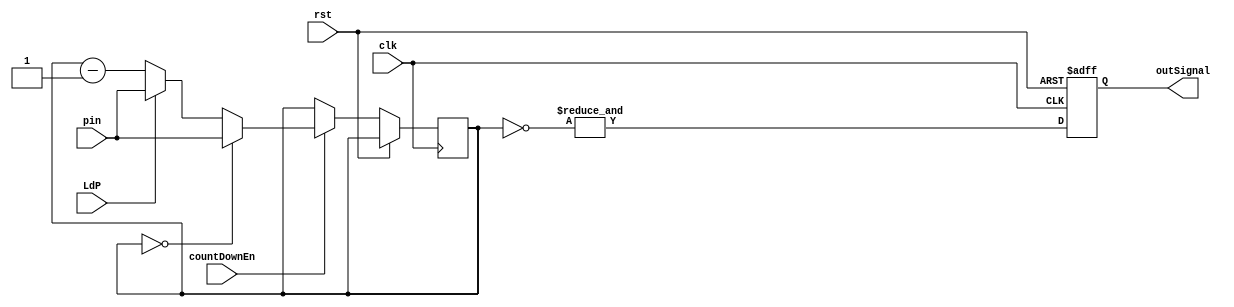
`timescale 1ns/1ns
module frequencyDivider(input clk, rst, countDownEn, LdP, input[15:0] pin , output reg outSignal);
  reg[15:0] outBus;
 
always@(posedge clk, posedge rst)begin
    outSignal <= &{~outBus};
    if (rst) outSignal <= 0;
    else if (countDownEn) begin 
      if (LdP) outBus <= pin;
      else outBus <= outBus - 1;
      if (outBus == 0)begin
       outBus <= pin;
      end
    end
  end
endmodule